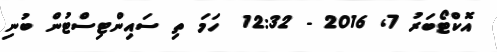
އޮކްޓޯބަރު 7